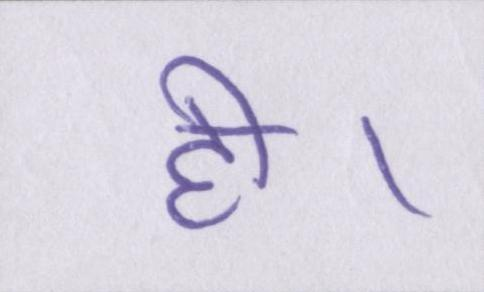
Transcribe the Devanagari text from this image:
ही।